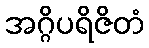
အဂ္ဂိပရိဇိတံ